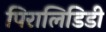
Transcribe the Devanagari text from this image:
पिरालिडिडी